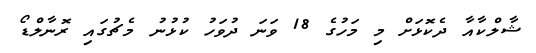
ޝާލްކާއާ ދެކޮޅަށް މި މަހުގެ 18 ވަނަ ދުވަހު ކުޅުނު މެޗުގައި ރޮނާލްޑޯ